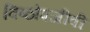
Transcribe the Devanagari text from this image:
विष्ठोपजीवी